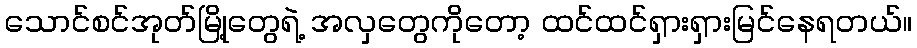
သောင်စင်အုတ်မြို့တွေရဲ့ အလှတွေကိုတော့ ထင်ထင်ရှားရှားမြင်နေရတယ်။